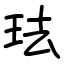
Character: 珐